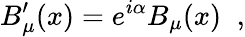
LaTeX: B_{\mu}^{\prime}(x)=e^{i\alpha}B_{\mu}(x)\; \; ,